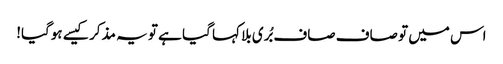
اس میں تو صاف صاف بُری بلا کہا گیا ہے تو یہ مذکر کیسے ہوگیا!